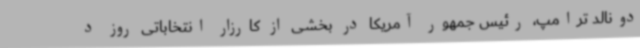
دونالد ترامپ، رئیس جمهور آمریکا در بخشی از کارزار انتخاباتی روز د